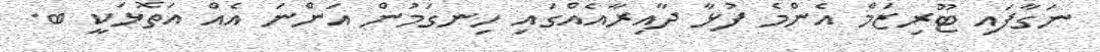
ނަގާފައި ޓޫރިޒަމް އެންމެ ފުޅާ ދާއިރާއެއްގައި ހިނގަމުން އަންނަ އެއް އަތޮޅަކީ ބ.